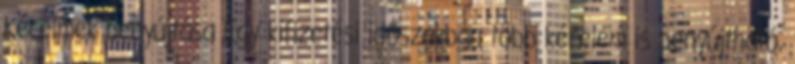
Kérelmek benyújtása Egy kifizetési időszakban több kérelem is benyújtható,